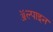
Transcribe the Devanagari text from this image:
ॲल्पाइन